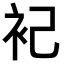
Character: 𬡆